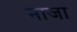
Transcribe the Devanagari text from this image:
नाजा